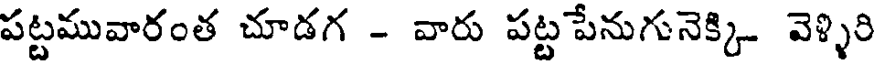
పట్టమువారంత చూడగ - వారు పట్ట పేనుగునెక్కి- వెళ్ళిరి